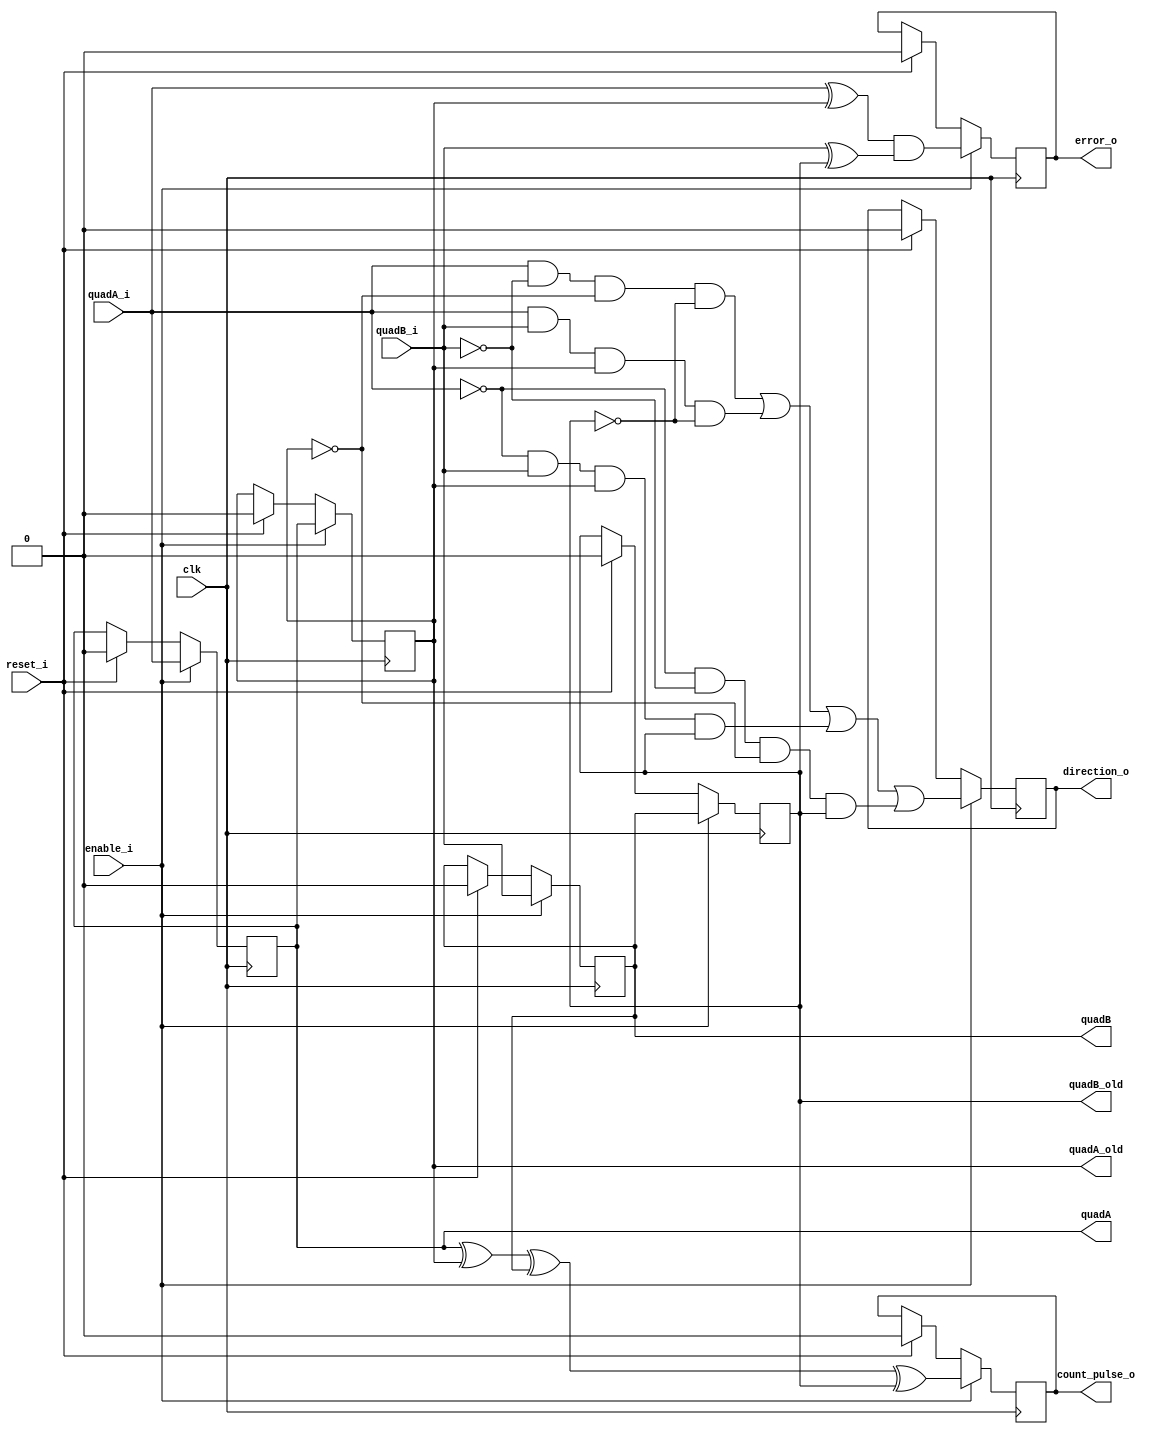
module quadrature_decoder(
  direction_o,
  count_pulse_o,
  error_o,
  clk,
  enable_i,
  reset_i,
  quadA_i,
  quadB_i,
  quadA,
  quadA_old,
  quadB,
  quadB_old
);
output direction_o, count_pulse_o, error_o, quadA, quadA_old, quadB, quadB_old;
input clk, enable_i, reset_i, quadA_i, quadB_i;
wire clk_i, enable_i, reset_i, quadA_i, quadB_i;
reg direction_o, count_pulse_o, error_o;
reg quadA, quadA_old, quadB, quadB_old;

always @(posedge clk) begin
  if (reset_i) begin
    quadA_old <= 0;
    quadB_old <= 0;
    quadA <= 0;
    quadB <= 0;
    direction_o <= 0;
    count_pulse_o <= 0;
    error_o <= 0;
  end 

  if (enable_i) begin
  
    count_pulse_o <= quadA^quadA_old^quadB^quadB_old;
    error_o <= quadA_i^quadA_old && quadB_i^quadB_old;
    direction_o <= quadA_i & !quadB_i & !quadA_old & !quadB_old
              | quadA_i & quadB_i & quadA_old & !quadB_old
              | !quadA_i & quadB_i & quadA_old & quadB_old
              | !quadA_i & !quadB_i & !quadA_old & quadB_old;

    quadA_old <= quadA;
    quadB_old <= quadB;
    quadA <= quadA_i;
    quadB <= quadB_i;
  end
end

/*
always @(quadA_i or quadB_i) begin
  
end
//This section is Asynchronous
/*
always @(quadA_i) begin
  if ( ( quadA_i && quadB_i ) || ( !quadA_i && !quadB_i ) ) begin
      direction_o = 0;
    end else begin
      direction_o = 1;
    end
  count_pulse_o <= 1;
end

always @(quadB_i) begin
  if ( ( quadB_i && !quadA_i ) || ( !quadB_i && quadA_i ) ) begin
      direction_o = 0;
    end else begin
      direction_o = 1;
    end
  count_pulse_o <= 1;
end

/*
always @(posedge count_pulse_o) begin
  count_o <= count_o + direction_o;
  count_pulse_o <= 0;
end
*/

endmodule